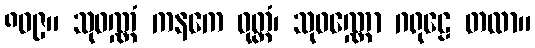
၈၀၉။ သုဝဏ္ဏံ ကနကေ ဝုတ္တံ၊ သုဝဏ္ဏော ဂရုဠေ တထာ။